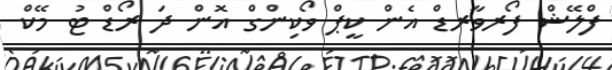
ފްލޭޝް ފޯރވާރޑް އެން ކީޕް ވޯކިންގް އޮން ދަ ރޯޑް ޓު މޭކް